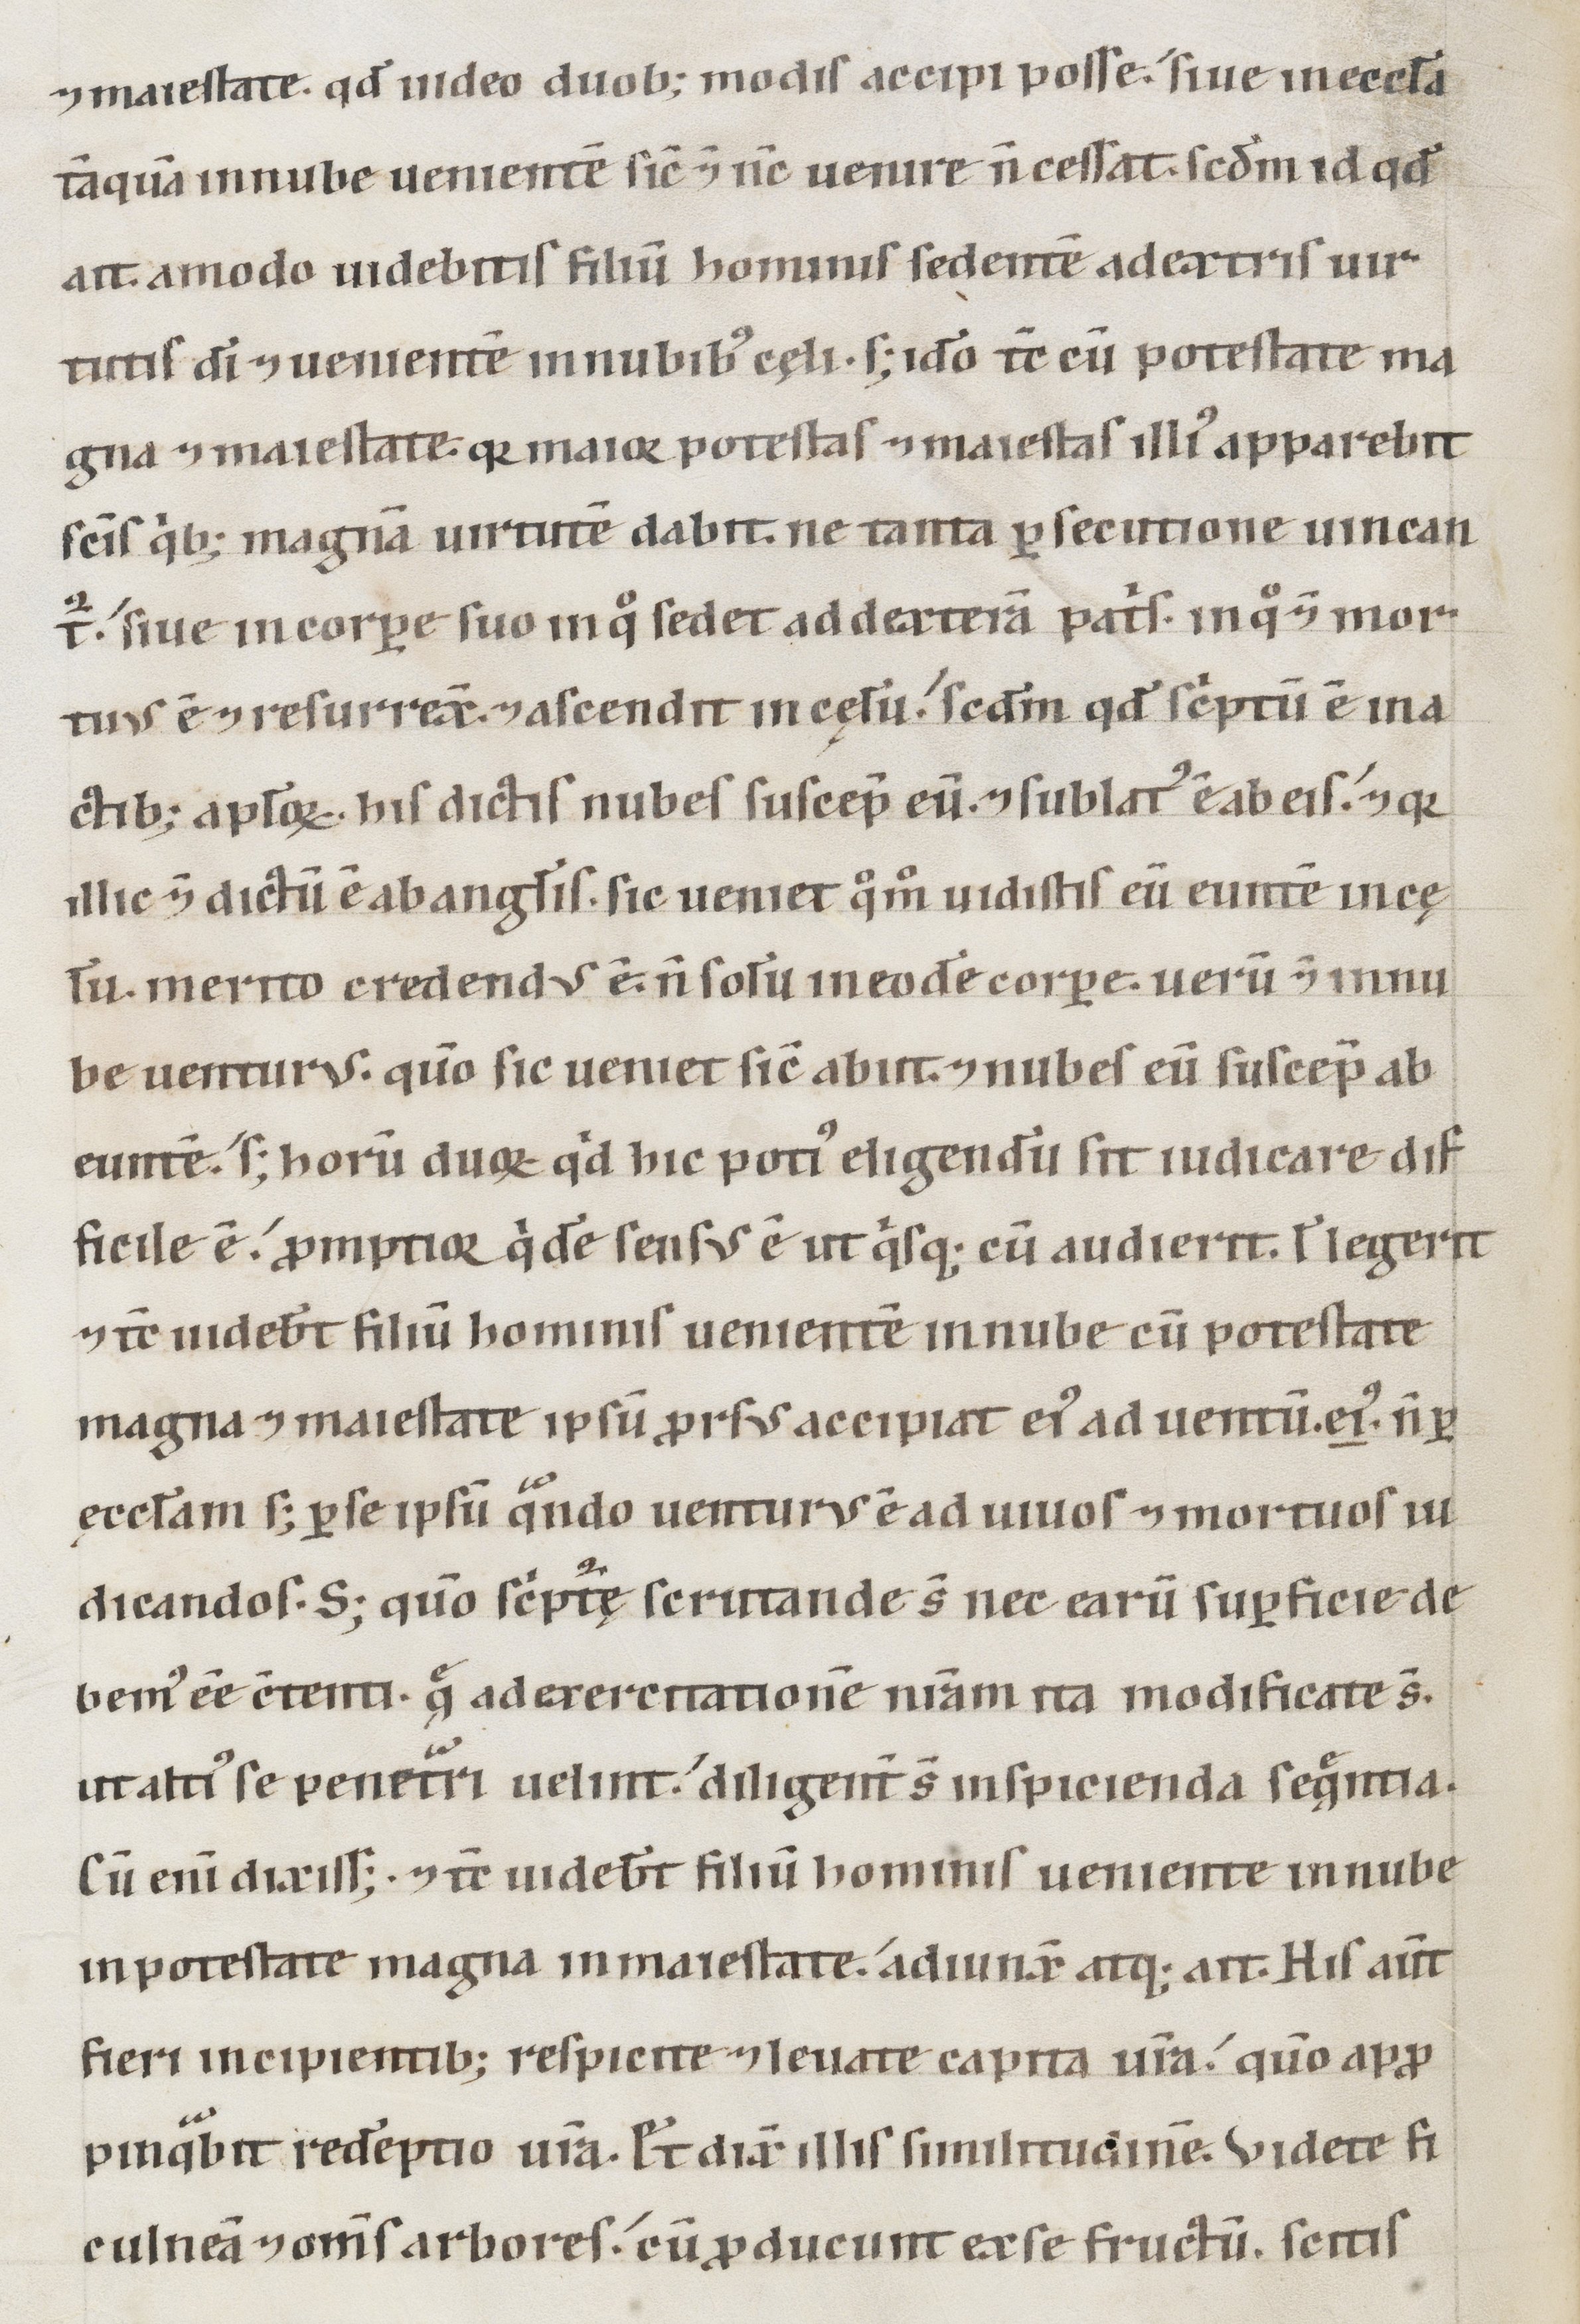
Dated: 1147–1178